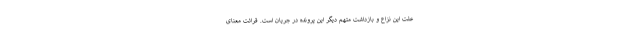
علت این نزاع و بازداشت متهم دیگر این پرونده در جریان است. قرائت معنای